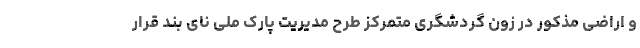
و اراضی مذکور در زون گردشگری متمرکز طرح مدیریت پارک ملی نای بند قرار